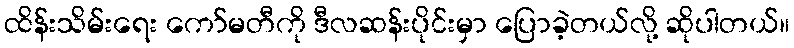
ထိန်းသိမ်းရေး ကော်မတီကို ဒီလဆန်းပိုင်းမှာ ပြောခဲ့တယ်လို့ ဆိုပါတယ်။